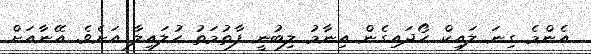
އެންމެ ގިނަ ލައިކް ހޯދައިގެން އިނާމު ލިބުނީ ފާތުމަތު ހުލައިލާ އަށެވެ. އޭނާއަށް